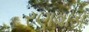
રણવાડા